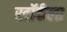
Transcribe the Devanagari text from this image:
स्टॉर्कला